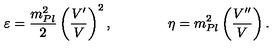
\varepsilon = { \frac { m _ { P l } ^ { 2 } } { 2 } } \left( { \frac { V ^ { \prime } } { V } } \right) ^ { 2 } , \qquad \qquad \eta = m _ { P l } ^ { 2 } \left( { \frac { V ^ { \prime \prime } } { V } } \right) .